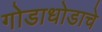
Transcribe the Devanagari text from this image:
गोडाधोडाचे